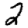
Digit: 2